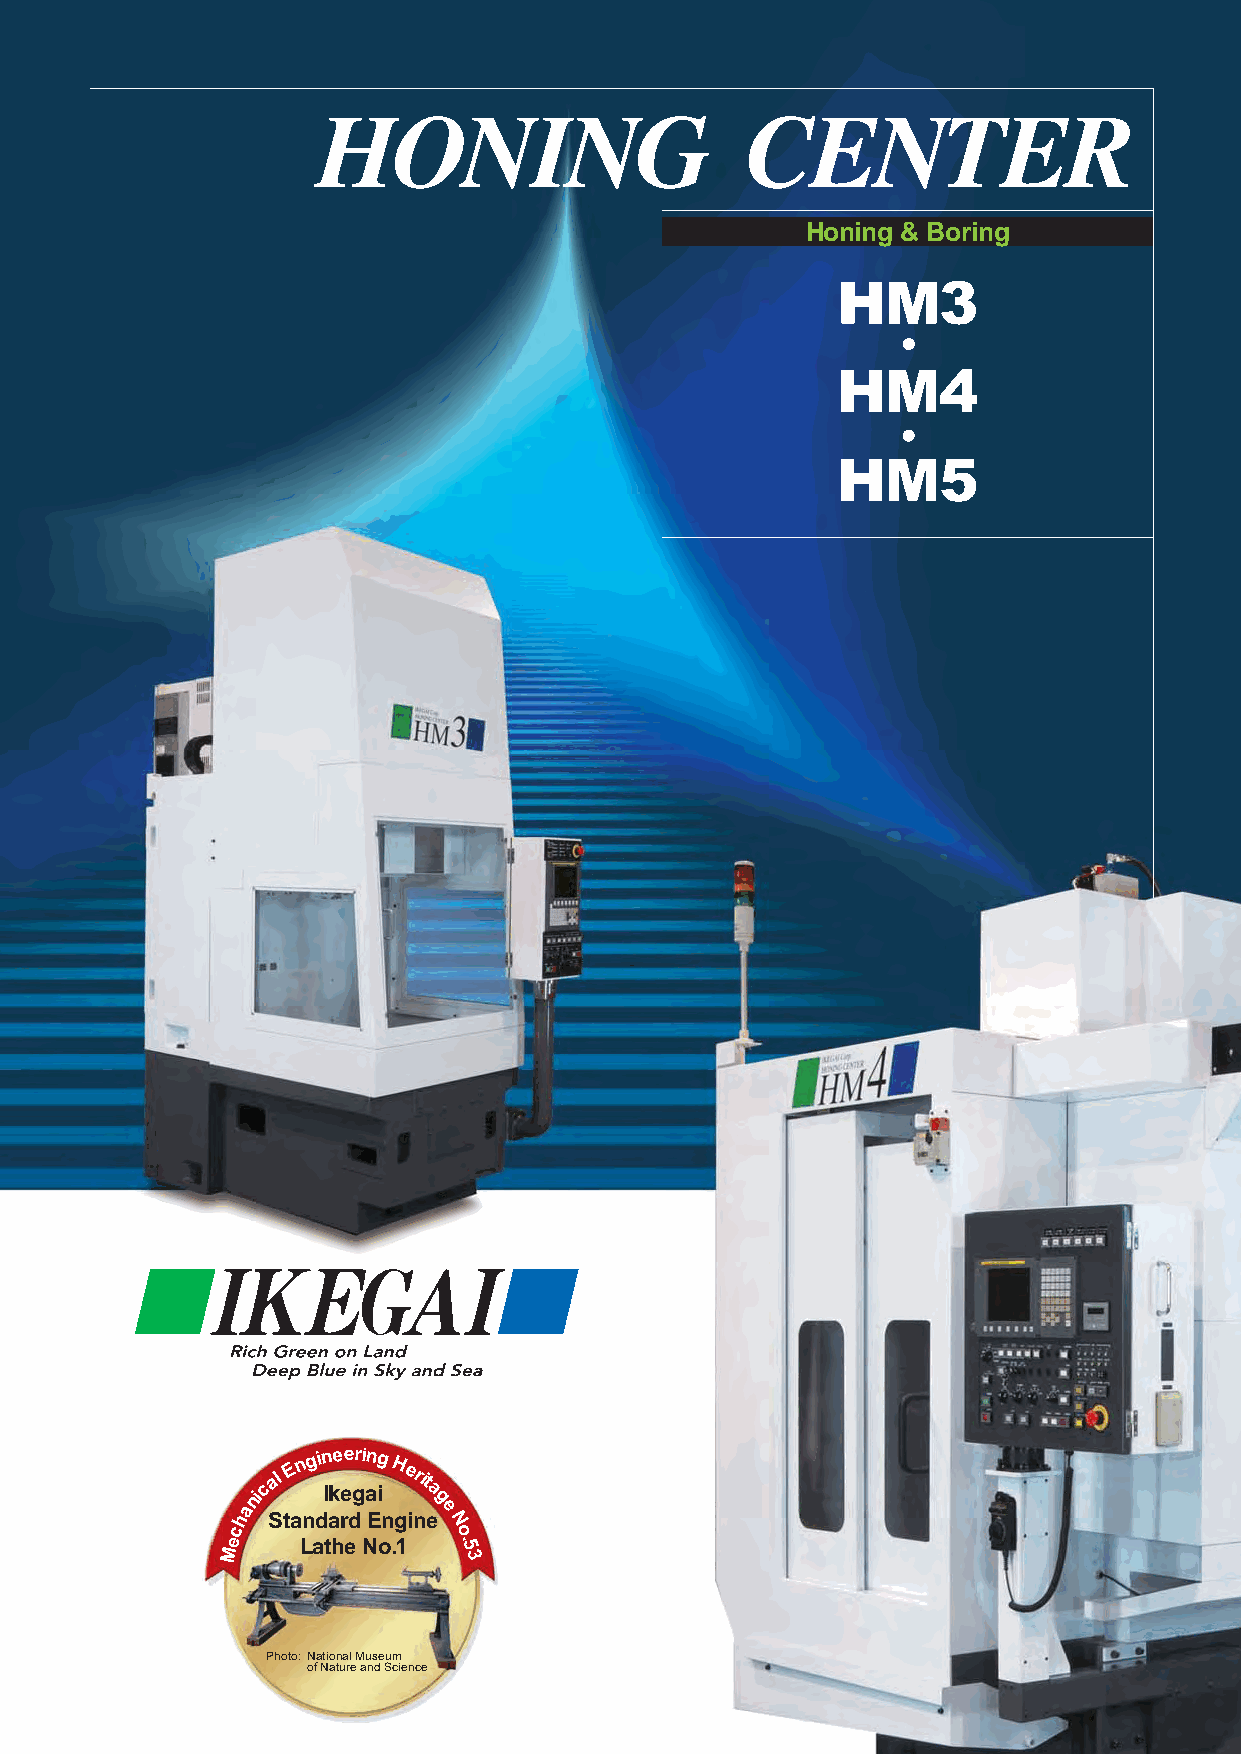
HONING                      CENTER
 Honing & Boring
 HM3
 HM4
 HM5
 nical
 E n gin Ike ee grin ag
 i
 Herit
 a
 g
 Mecha
 Sta Ln ad ta hr ed NE on .g 1ine
 e
 N
 o
 .
 5
 3
 Photo: National Museum
 of Nature and Science